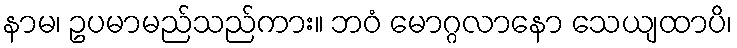
နာမ၊ ဥပမာမည်သည်ကား။ ဘဝံ မောဂ္ဂလာနော သေယျထာပိ၊